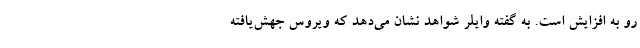
رو به افزایش است. به گفته وایلر شواهد نشان می‌دهد که ویروس جهش‌یافته